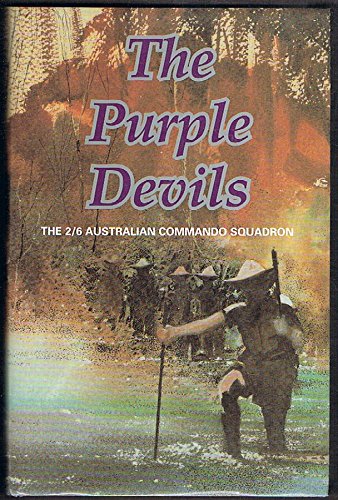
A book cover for The Purple Devils: A History of the 2/6 Australian Commando Squadron in WW2; Syd Trigellis-Smith; History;